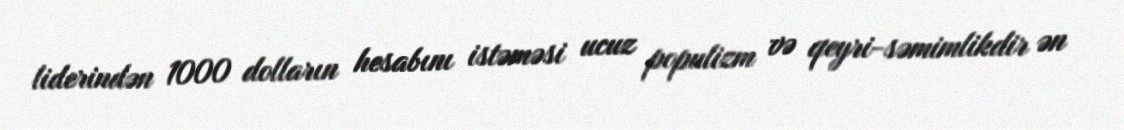
liderindən 1000 dolların hesabını istəməsi ucuz populizm və qeyri-səmimlikdir ən